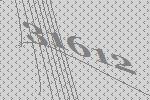
31612